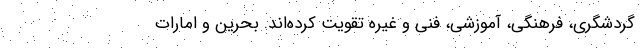
گردشگری، فرهنگی، آموزشی، فنی و غیره تقویت کرده‌اند. بحرین و امارات